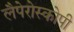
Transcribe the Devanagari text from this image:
लैपेरोस्कोपी